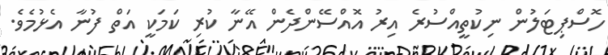
ހޮސްޕިޓަލުން ނިކުތީއްސުރެ އިރު އޮއްސޭންދެން އޭނާ ކުރި ކަމަކީ އަތް ފުނާ އެޅުމެވެ.